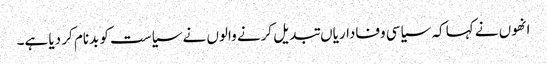
انھوں نے کہا کہ سیاسی وفاداریاں تبدیل کرنے والوں نے سیاست کو بدنام کر دیا ہے۔